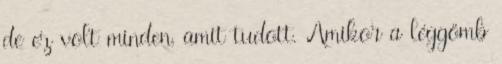
de ez volt minden, amit tudott. Amikor a léggömb